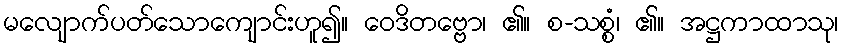
မလျောက်ပတ်သောကျောင်းဟူ၍။ ဝေဒိတဗ္ဗော၊ ၏။ စ-သစ္စံ၊ ၏။ အဋ္ဌကာထာသု၊